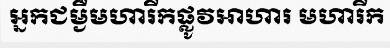
អ្នកជម្ងឺមហារីកផ្លូវអាហារ មហារីក